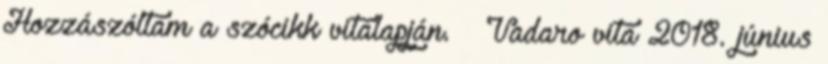
Hozzászóltam a szócikk vitalapján. – Vadaro vita 2018. június